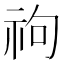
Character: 𥘮